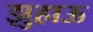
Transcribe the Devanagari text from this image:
झुहाऊ